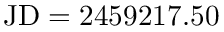
\mathrm { J D } = 2 4 5 9 2 1 7 . 5 0